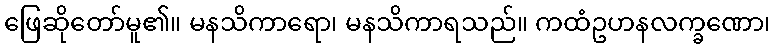
ဖြေဆိုတော်မူ၏။ မနသိကာရော၊ မနသိကာရသည်။ ကထံဥဟနလက္ခဏော၊